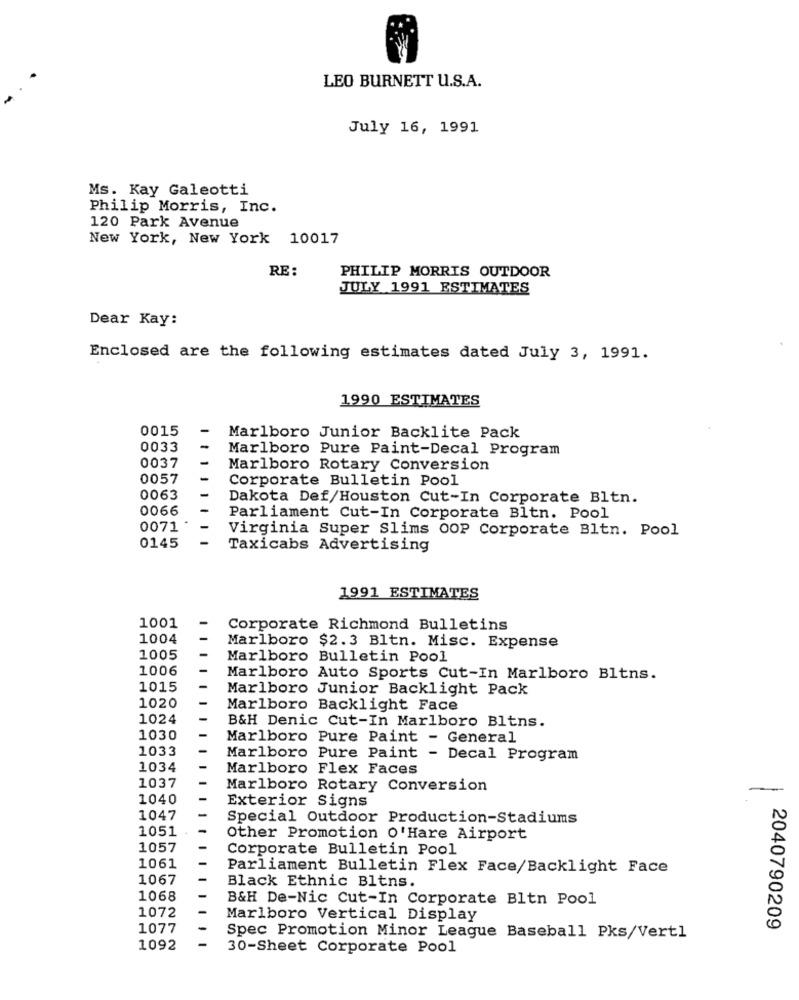
LEO BURNETT U.S.A.
July 16, 1991
Ms. Kay Galeotti
Philip Morris, Inc.
120 Park Avenue
New York, New York 10017
RE :
PHILIP MORRIS OUTDOOR
JULY 1991 ESTIMATES
Dear Kay:
Enclosed are the following estimates dated July 3, 1991.
1990 ESTIMATES
0015
Marlboro Junior Backlite Pack
0033
Marlboro Pure Paint-Decal Program
0037
Marlboro Rotary Conversion
0057
Corporate Bulletin Pool
0063
Dakota Def/Houston Cut-In Corporate Bltn.
0066
Parliament Cut-In Corporate Bltn. Pool
0071
Virginia Super Slims OOP Corporate Bltn. Pool
0145
Taxicabs Advertising
1991 ESTIMATES
1001
Corporate Richmond Bulletins
1004
Marlboro $2.3 Bltn. Misc. Expense
1005
Marlboro Bulletin Pool
1006
Marlboro Auto Sports Cut-In Marlboro Bltns.
1015
Marlboro Junior Backlight Pack
1020
Marlboro Backlight Face
1024
B&H Denic Cut-In Marlboro Bltns.
1030
Marlboro Pure Paint - General
1033
Marlboro Pure Paint - Decal Program
1034
Marlboro Flex Faces
1037
Marlboro Rotary Conversion
1040
Exterior Signs
1047
Special Outdoor Production-Stadiums
1051
Other Promotion O'Hare Airport
1057
Corporate Bulletin Pool
1061
Parliament Bulletin Flex Face/Backlight Face
1067
Black Ethnic Bltns.
1068
B&H De-Nic Cut-In Corporate Bltn Pool
1072
Marlboro Vertical Display
1077
2040790209
Spec Promotion Minor League Baseball Pks/Vertl
1092
30-Sheet Corporate Pool